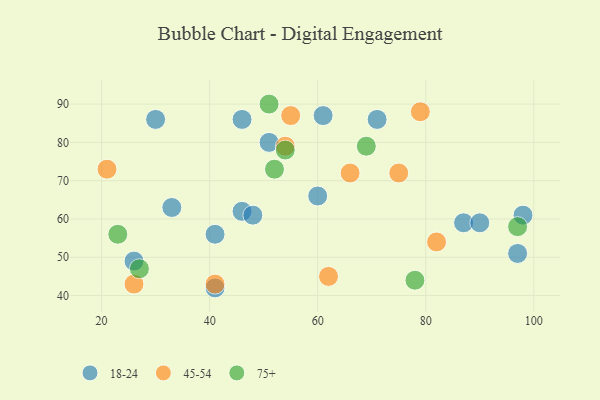
{"axis": {"x": "GDP", "y": "Life Expectancy"}, "legend": ["18-24", "45-54", "75+"], "data": [{"x": "33", "y": 63, "type": "18-24"}, {"x": "46", "y": 86, "type": "18-24"}, {"x": "41", "y": 56, "type": "18-24"}, {"x": "26", "y": 49, "type": "18-24"}, {"x": "30", "y": 86, "type": "18-24"}, {"x": "71", "y": 86, "type": "18-24"}, {"x": "97", "y": 51, "type": "18-24"}, {"x": "98", "y": 61, "type": "18-24"}, {"x": "51", "y": 80, "type": "18-24"}, {"x": "87", "y": 59, "type": "18-24"}, {"x": "90", "y": 59, "type": "18-24"}, {"x": "46", "y": 62, "type": "18-24"}, {"x": "41", "y": 42, "type": "18-24"}, {"x": "60", "y": 66, "type": "18-24"}, {"x": "61", "y": 87, "type": "18-24"}, {"x": "48", "y": 61, "type": "18-24"}, {"x": "75", "y": 72, "type": "45-54"}, {"x": "82", "y": 54, "type": "45-54"}, {"x": "55", "y": 87, "type": "45-54"}, {"x": "41", "y": 43, "type": "45-54"}, {"x": "54", "y": 79, "type": "45-54"}, {"x": "79", "y": 88, "type": "45-54"}, {"x": "66", "y": 72, "type": "45-54"}, {"x": "26", "y": 43, "type": "45-54"}, {"x": "21", "y": 73, "type": "45-54"}, {"x": "62", "y": 45, "type": "45-54"}, {"x": "69", "y": 79, "type": "75+"}, {"x": "97", "y": 58, "type": "75+"}, {"x": "52", "y": 73, "type": "75+"}, {"x": "51", "y": 90, "type": "75+"}, {"x": "27", "y": 47, "type": "75+"}, {"x": "54", "y": 78, "type": "75+"}, {"x": "78", "y": 44, "type": "75+"}, {"x": "23", "y": 56, "type": "75+"}]}